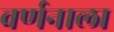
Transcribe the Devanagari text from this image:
वर्णनाला